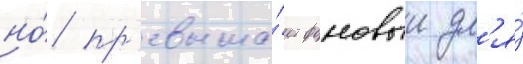
но́ пр'евыша́ет фоновыи дл'я́